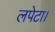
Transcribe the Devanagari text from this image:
लपेटा।